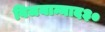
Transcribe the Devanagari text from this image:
विजयान्माद३०